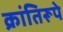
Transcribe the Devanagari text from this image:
क्रांतिरूपे